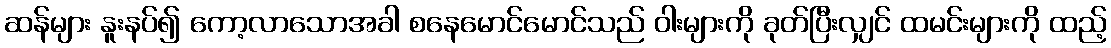
ဆန်များ နူးနပ်၍ ကော့လာသောအခါ စနေမောင်မောင်သည် ဝါးများကို ခုတ်ပြီးလျှင် ထမင်းများကို ထည့်